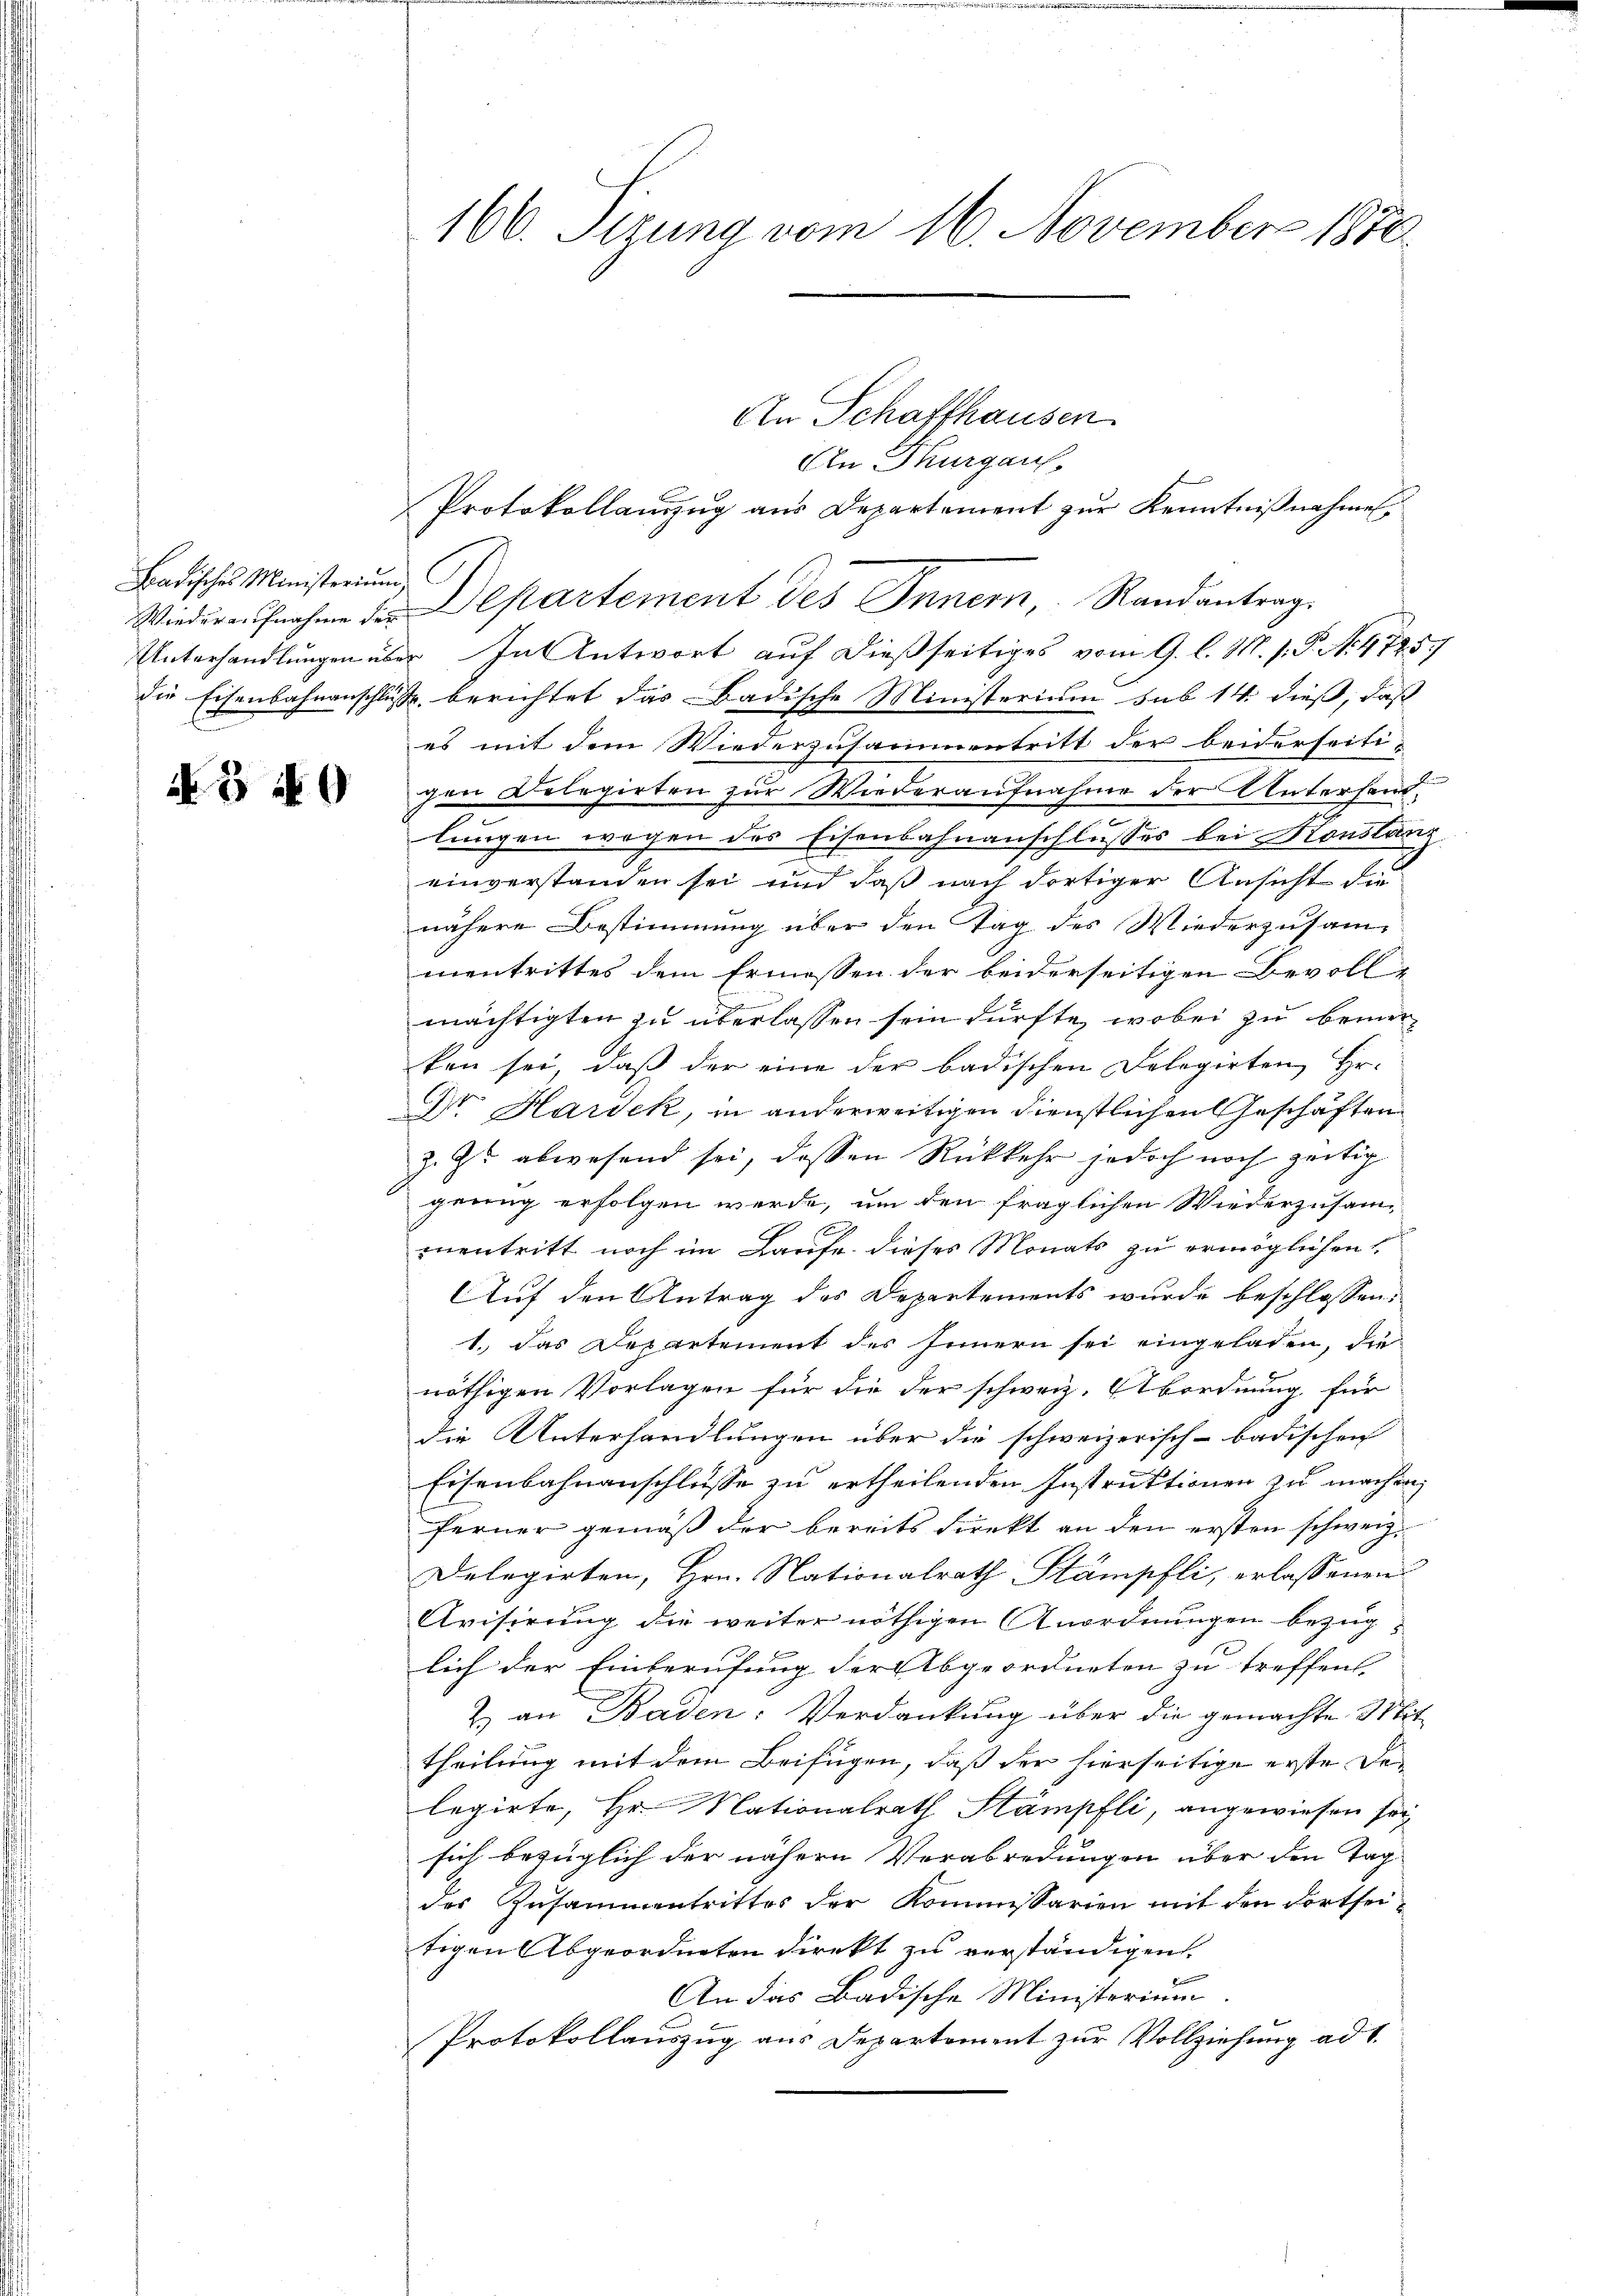
Badisches Ministerium

N. 3 f 0

An Schaffhausen.
An Thurgau,
Protokollauszug aus Departement zur Kenntnißnahmen,
Wieder aufnahme der Departement des Innern, Randantrag.
Unterhandlungen über. In Antwort auf dießseitiges vom 9. l. M. s. S. N. 4725.
die Eisenbahnanschluße berichtet das Badische Ministerium sub 14 dieß, daß
es mit dem Wiederzusammentritt der beiderseitigen Delegirten zur Wiederaufnahme der Unterhand
lungen wegen des Eisenbahnanschlusses bei Konstanz
einverstanden sei und daß nach dortiger Ansicht die
nähere Bestimmung über den Tag des Wiederzusammentrittes dem Ermessen der beiderseitigen Bevolle
mächtigten zu überlassen sein dürfte, wobei zu bemer
ken sei, daß der eine der badischen Delegirten Hr.
Dr Hardek, in anderweitigen dienstlichen Geschäften
z. Z. abwesend sei, dessen Rückkehr jedoch noch zeitig
genug erfolgen werde, um den fraglichen Wiederzusam-
mnentritt noch im Laufe dieses Monats zu ermöglichen
Auf den Antrag des Departements wurde beschlossen:
1.) Das Departement des Innern sei eingeladen, die
nöthigen Vorlagen für die der schweiz. Abordnung für
die Unterhandlungen über die schweizerisch-badischen
Eisenbahnanschlüsse zu ertheilenden Instruktionen zu machen,
ferner gemäß der bereits direkt an den ersten schweiz.
Delegirten, Hrn. Nationalrath Stämpfli, erlassenen
Avisirung die weiter nöthigen Anordnungen bezug
lich der Einberufung der Abgeordneten zu treffen
& an Baden: Verdankung über die gemachte Mit-
theilung mit dem Beifügen, daß der hierseitige erste Delegirte, Hr. Nationalrath Stämpfli, angewiesen sei
sich bezüglich der nähern Verabredungen über den Tag
des Zusammentrittes der Kommissarien mit den Fortseitigen Abgeordneten direkt zu verständigen.
An das Badische Ministerium
Protokollauszug aus Departement zur Vollziehung ad 1.

166. Sizung vom 16. November 1870